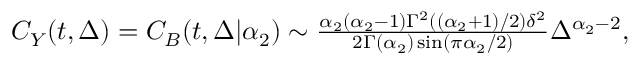
\begin{array} { r } { C _ { Y } ( t , \Delta ) = C _ { B } ( t , \Delta | \alpha _ { 2 } ) \sim \frac { \alpha _ { 2 } \left( \alpha _ { 2 } - 1 \right) \Gamma ^ { 2 } \left( \left( \alpha _ { 2 } + 1 \right) / 2 \right) \delta ^ { 2 } } { 2 \Gamma \left( \alpha _ { 2 } \right) \sin \left( \pi \alpha _ { 2 } / 2 \right) } \Delta ^ { \alpha _ { 2 } - 2 } , } \end{array}